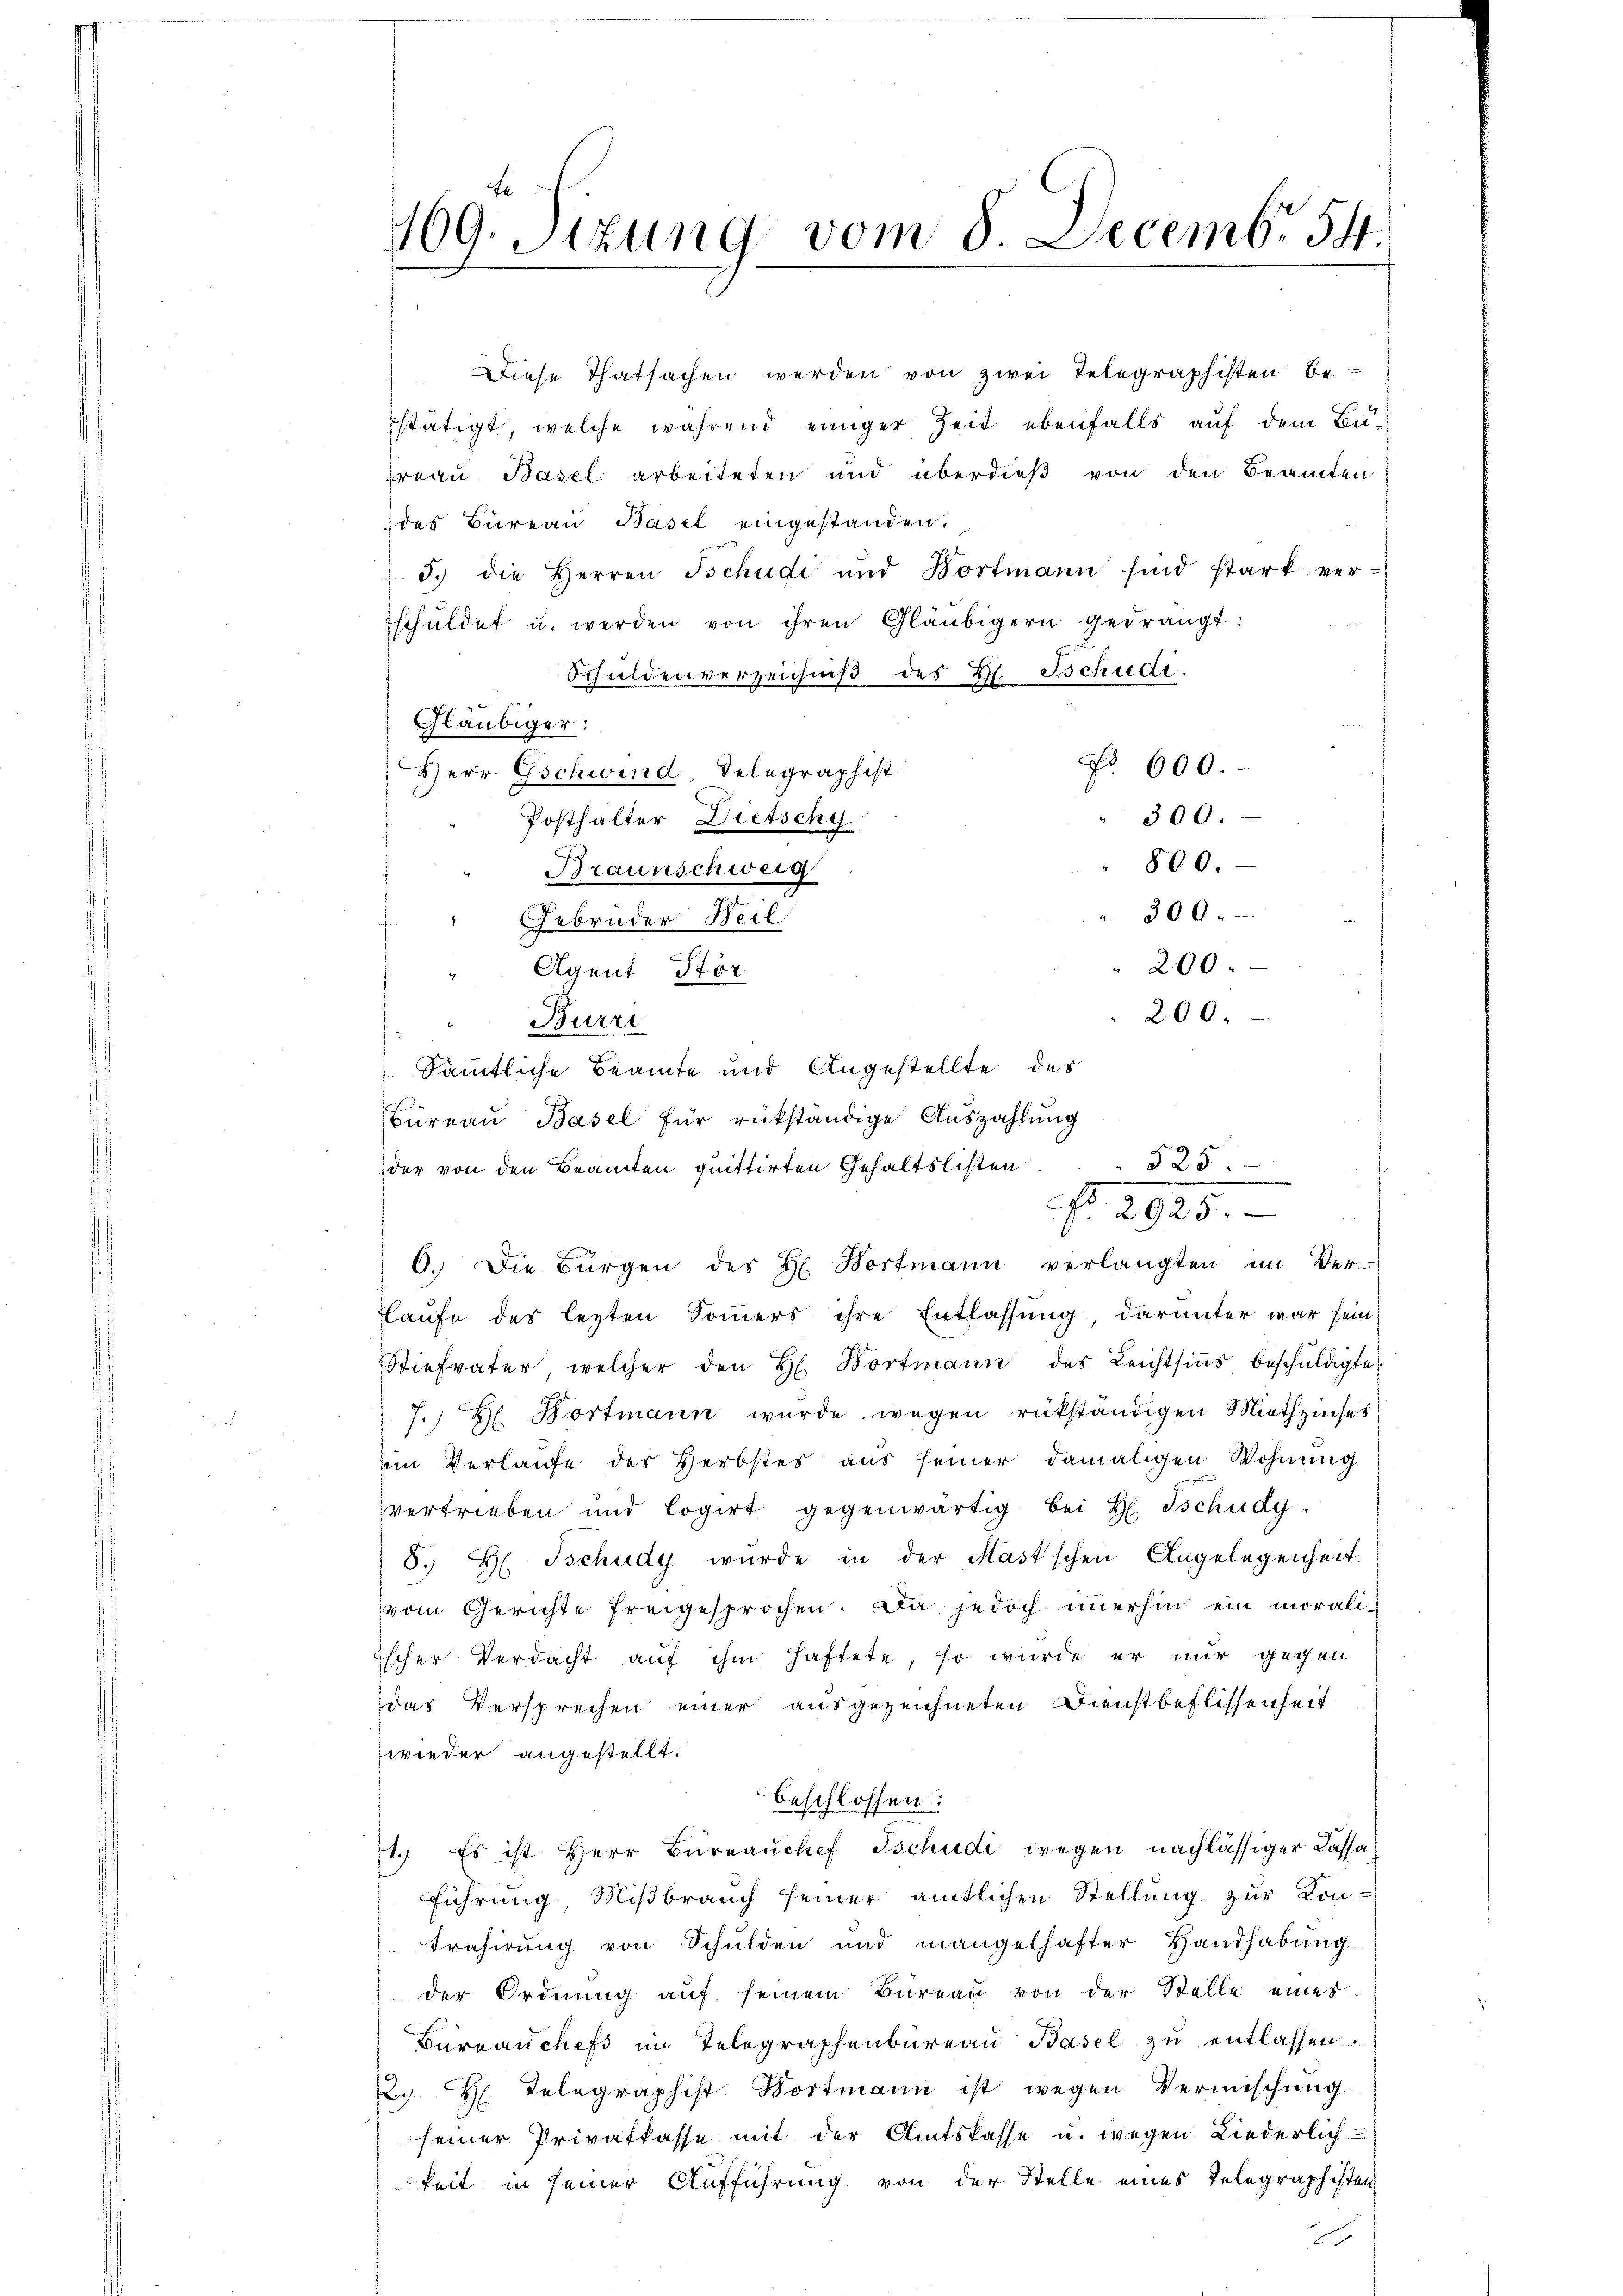
109. Sizung vom 8. Decemb. 54.

Diese Thatsachen werden von zwei Telegraphisten Bestätigt, welche während einiger Zeit ebenfalls auf dem Bureau Basel arbeiteten und überdieß von den Beamten
des Büreau Basel eingestanden.
3.) die Herren Tschudi und Bortmann sind stark ver-
schŭldet u. werden von ihren Gläubigern gedrängt:
Schuldenverzeichniß des Hl. Tschudi.
Gläubiger:
No. 600.
Herr Gschwind, Telegraphist
" 300.
Posthalter Dietschy
Braunschweig
300.
Gebrüder Beil
200.
Agent Stör
200.
Burri
Sämmtliche Beamte und Angestellte des
Büreau Basel für rükständige Auszahlung
der von den Beamten quittirten Gehaltslisten. 525.
6. Die Bürgen des H. Hortmann verlangten im Ver-
laufe des lezten Sommers ihre Entlassung, darunter war sein
Stiefvater, welcher den H. Bortmann des Leichtsins beschuldigte
7.) Hr. Dortmann wurde wegen rükständigen Miethzinses
im Verlaufe des Herbstes aus seiner damaligen Wohnung
vertrieben und logirt gegenwärtig bei H. Tschudy-
8. H. Tschudy wurde in der Mast’schen Angelegenheit
vom Gerichte freigesprochen. Da jedoch immerhin ein moraliischer Verdacht auf ihm haftete, so wurde er nur gegen
das Versprechen einer ausgezeichneten Dienstbeflissenheit
wieder angestellt.
beschlossen:
1.) Es ist Herr Büreaŭchef Tschudi wegen nachlässiger Cassa
Führung Mißbrauch seiner amtlichen Stellung zur Kon-
Prasirung von Schulden und mangelhafter Handhabung
der Ordnŭng aŭf seinem Büreaŭ von der Stelle eines
Büreaŭchefs im Telegraphenbureau Basel zu entlassen.
2. H. Telegraphist Dortmann ist wegen Vermischung.
seiner Privatkasse mit der Amtskasse u. wegen Liederlich
keit in seiner Aufführung von der Stelle eines Telegraphisten
2

No. 2925.

800.